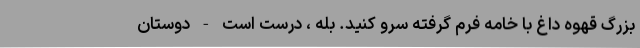
بزرگ قهوه داغ با خامه فرم گرفته سرو کنید. بله ، درست است - دوستان